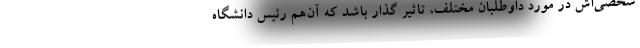
شخصی‌اش در مورد داوطلبان مختلف، تاثیر گذار باشد که آن‌هم رئیس دانشگاه